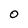
Character: 0